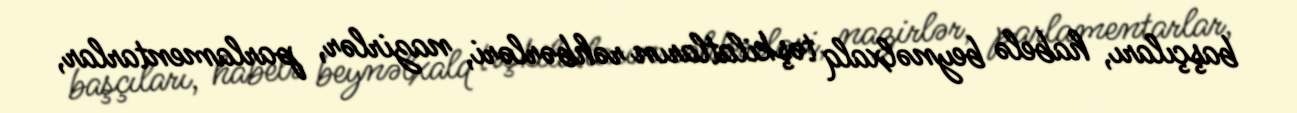
başçıları, habelə beynəlxalq təşkilatların rəhbərləri, nazirlər, parlamentarlar,